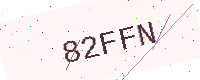
Text: 82FFN